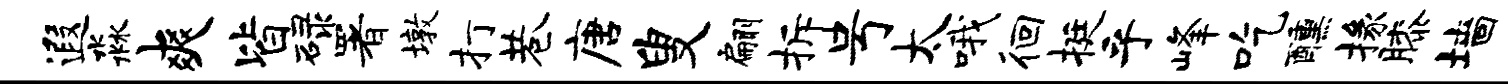
遐淼爽皆碌署墩打巷唐叟翩拆号太哦徊挺乎峰吃醺掾膝墙